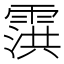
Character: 霟